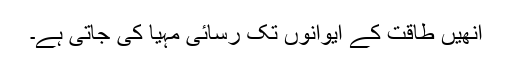
انھیں طاقت کے ایوانوں تک رسائی مہیا کی جاتی ہے۔